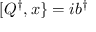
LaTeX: [ Q ^ { \dagger } , x \} = i b ^ { \dagger }